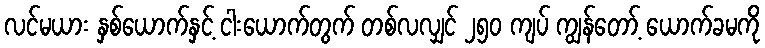
လင်မယား နှစ်ယောက်နှင့် ငါးယောက်တွက် တစ်လလျှင် ၂၅၀ ကျပ် ကျွန်တော့် ယောက်ခမကို